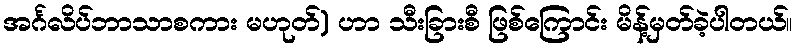
အင်္ဂလိပ်ဘာသာစကား မဟုတ်) ဟာ သီးခြားစီ ဖြစ်ကြောင်း မိန့်မှတ်ခဲ့ပါတယ်။